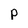
Character: p